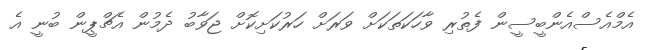
އެމްއެސްއެންބީސީން ފެތުރި ވާހަކަތަކަށް ވަރަށް ހަރުކަށިކޮށް ޖަވާބު ދެމުން އެޗްޕީން ބުނީ އެ